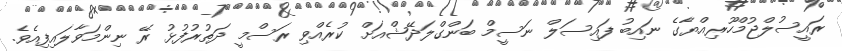
ރައީސުލްޖުމްހޫރިއްޔާގެ ނައިބު ފައިސަލް ނަސީމް ބަންގްލަދޭޝްއަށް ކުރެއްވި ރަސްމީ ދަތުރުފުޅު ރޭ ނިންމަވާލައިފިއެވެ.